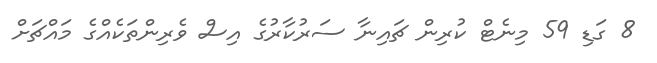
8 ގަޑި 59 މިނެޓް ކުރިން ޗައިނާ ސަރުކާރުގެ އިސް ވެރިންތަކެއްގެ މައްޗަށް